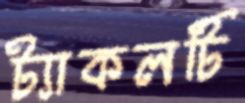
ট্যাকলটি